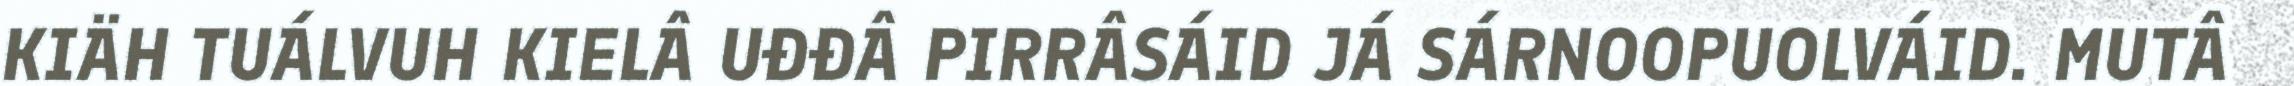
KIÄH TUÁLVUH KIELÂ UĐĐÂ PIRRÂSÁID JÁ SÁRNOOPUOLVÁID. MUTÂ